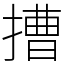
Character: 𢲵